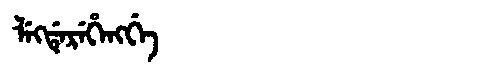
Manchu: ᠯᡝᡴᡩᡝᡵᡝᡥᡝᠩᡤᡝ
Romanization: LEKDEREHENGGE